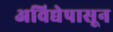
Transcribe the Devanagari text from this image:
अविद्येपासून